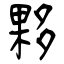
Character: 夥